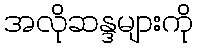
အလိုဆန္ဒများကို